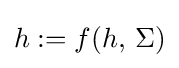
h:=f(h,\,\Sigma )